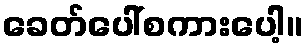
ခေတ်ပေါ်စကားပေါ့။